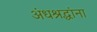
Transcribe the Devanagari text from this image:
अंधश्रद्धांना